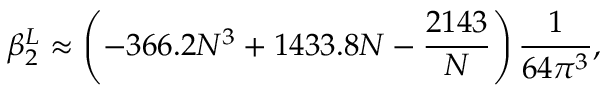
\beta _ { 2 } ^ { L } \approx \left( - 3 6 6 . 2 N ^ { 3 } + 1 4 3 3 . 8 N - \frac { 2 1 4 3 } { N } \right) \frac { 1 } { 6 4 \pi ^ { 3 } } ,